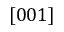
[ 0 0 1 ]